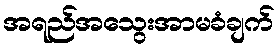
အရည်အသွေးအာမခံချက်